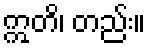
ဣတိ၊ တည်း။